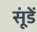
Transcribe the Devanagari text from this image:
सूंडें